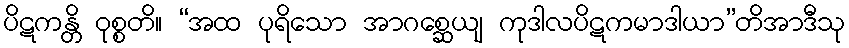
ပိဋကန္တိ ဝုစ္စတိ။ “အထ ပုရိသော အာဂစ္ဆေယျ ကုဒါလပိဋကမာဒါယာ”တိအာဒီသု